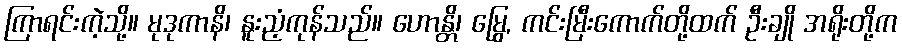
ကြာရင်းကဲ့သို့။ မုဒုကာနိ၊ နူးညံ့ကုန်သည်။ ဟောန္တိ၊ မြွေ, ကင်းမြီးကောက်တို့ထက် ဦးချို အရိုးတို့က